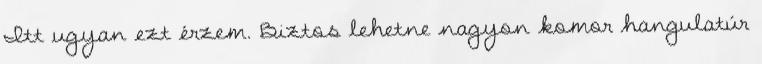
Itt ugyan ezt érzem. Biztos lehetne nagyon komor hangulatúr